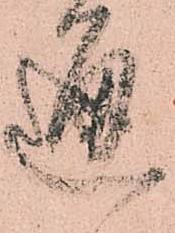
通